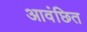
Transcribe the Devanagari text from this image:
आवंछित